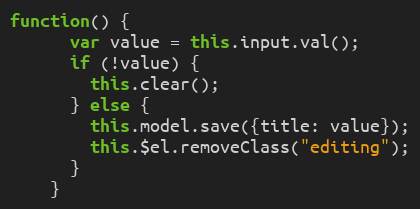
Language: JavaScript
function() {
      var value = this.input.val();
      if (!value) {
        this.clear();
      } else {
        this.model.save({title: value});
        this.$el.removeClass("editing");
      }
    }